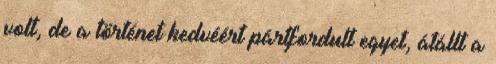
volt, de a történet kedvéért pártfordult egyet, átállt a